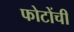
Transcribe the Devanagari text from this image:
फोटोंची